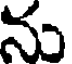
ను